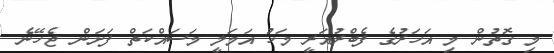
މި ގޮތުން މި އަހަރުގެ ފެބްރުއަރީ މަހު އަމަލީ މަސައްކަތް ފަށަން ޖެހޭނެ